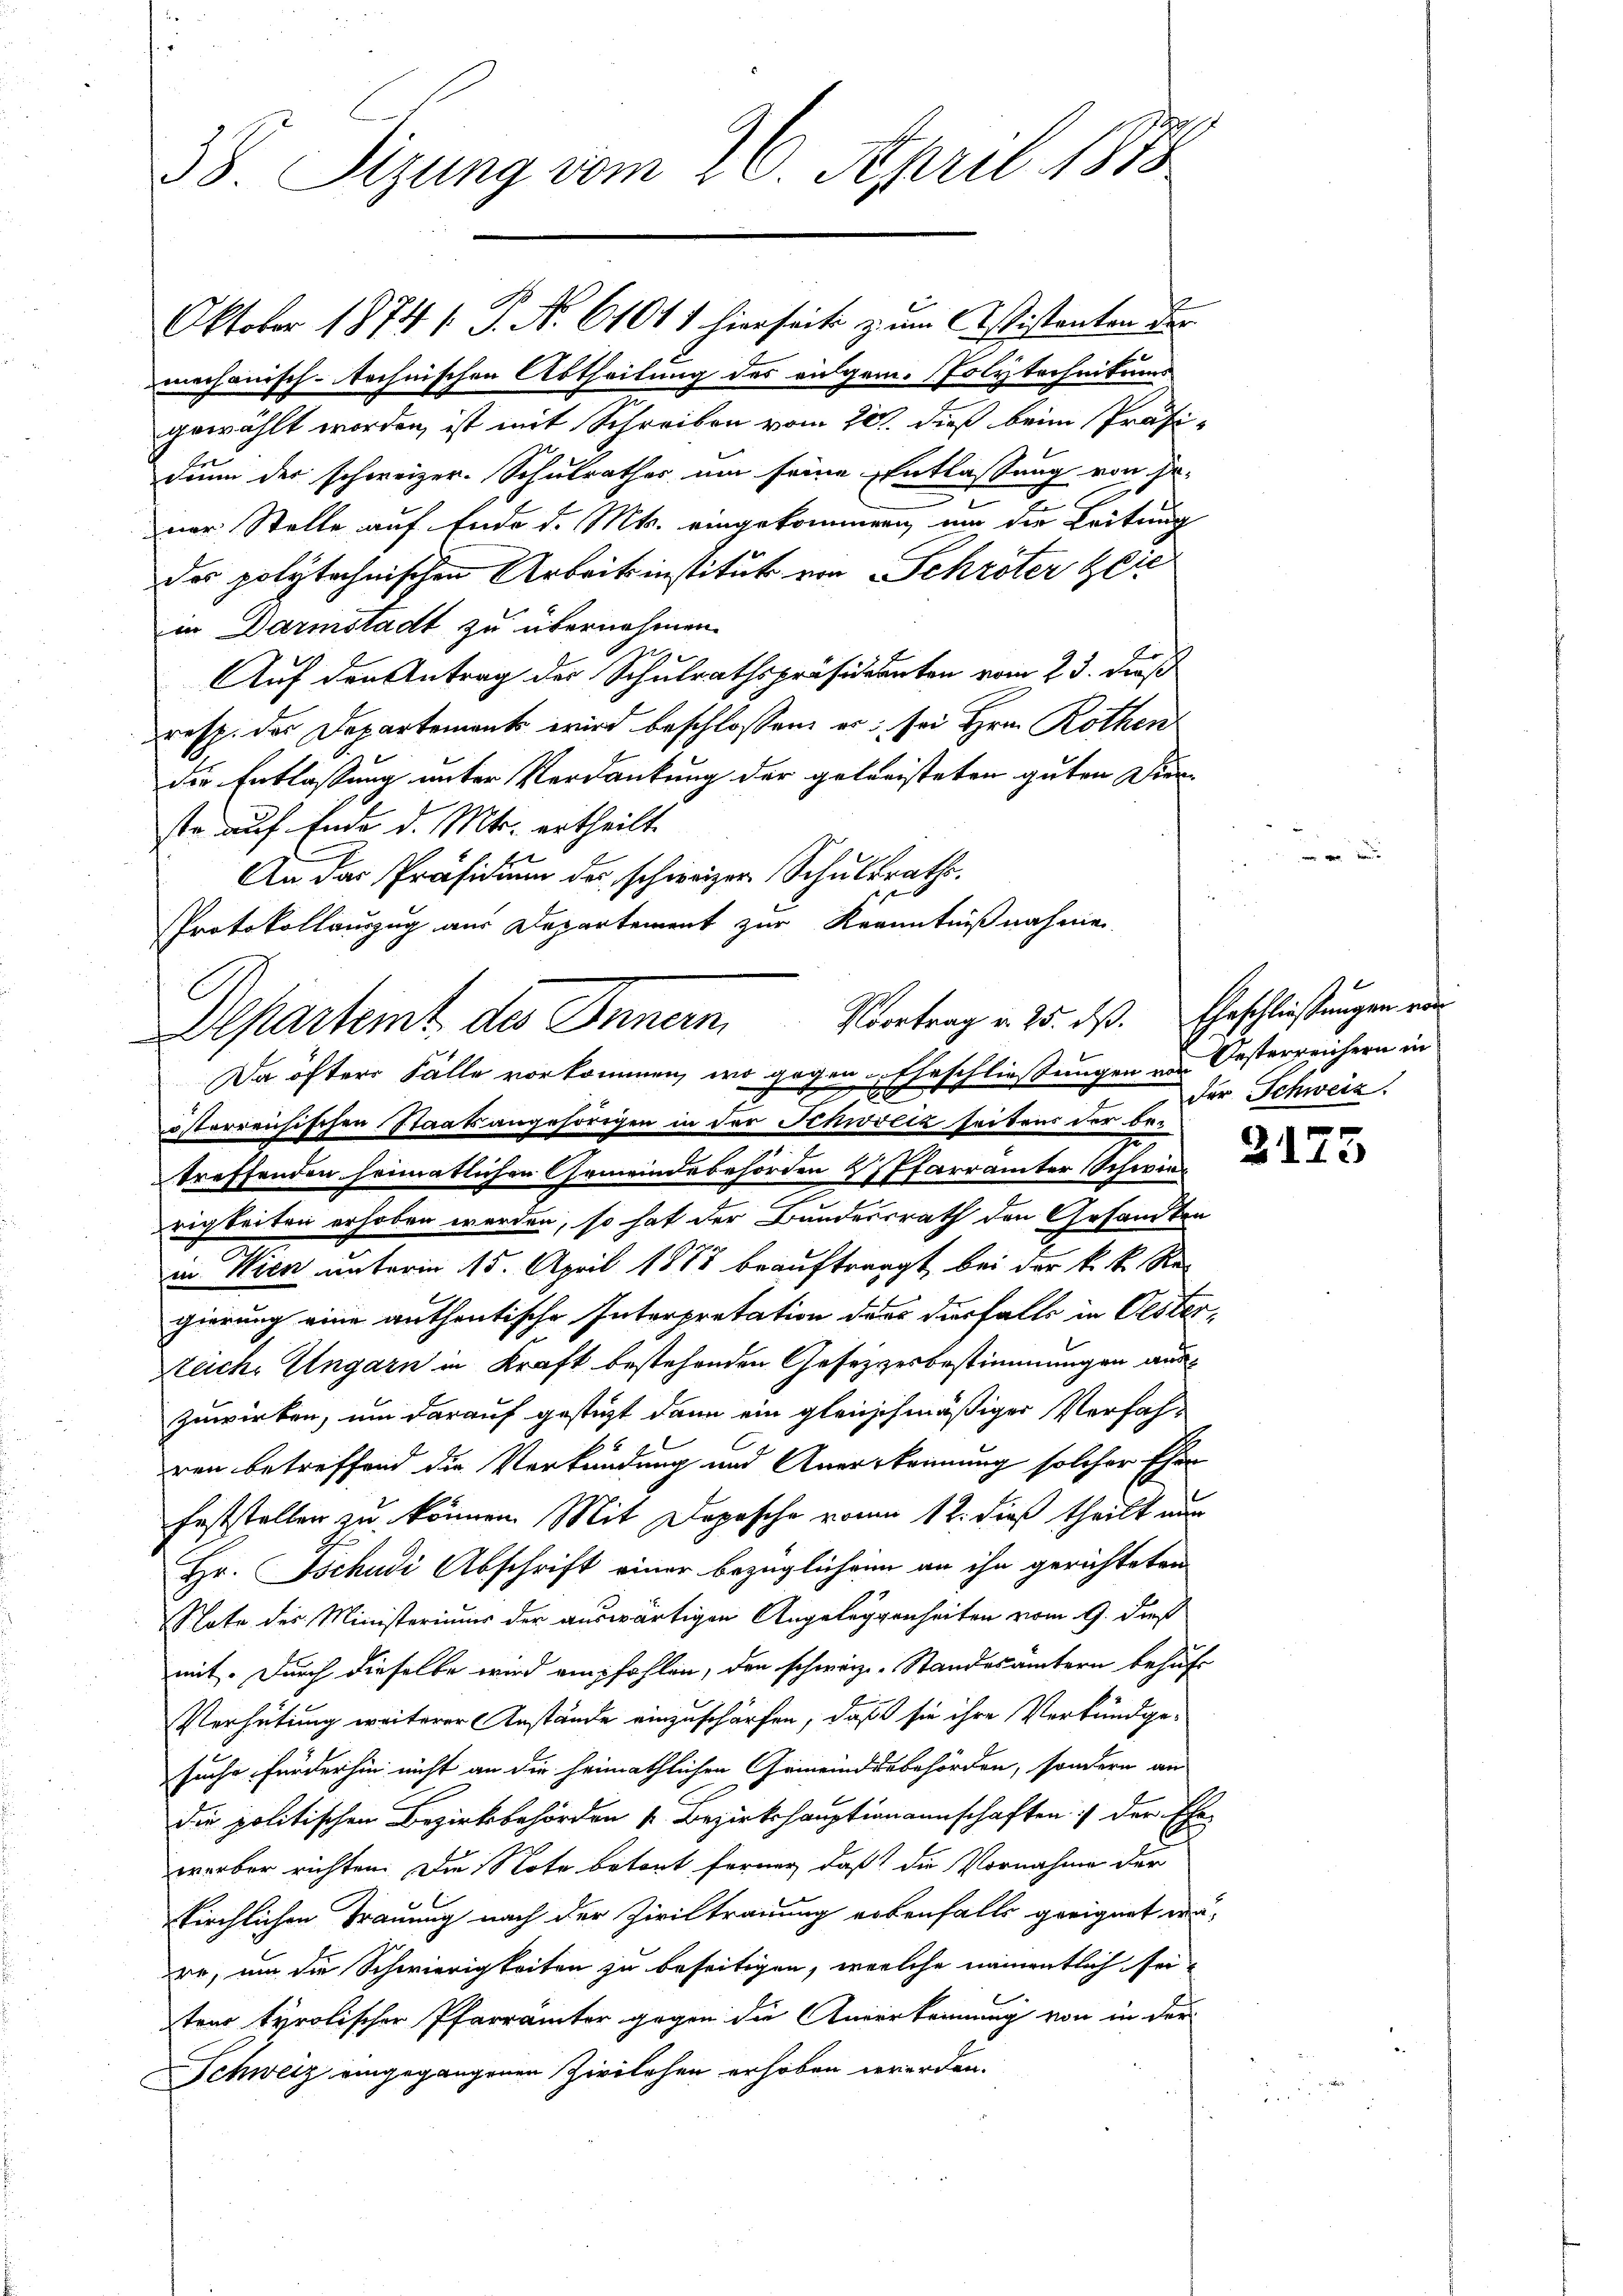
mechanisch-technischen Abtheilung des eidgen. (Polytechnikums
gewählt worden, ist mit Schreiben vom 22t dieß beim Präsi-
dinn der schweizer. Schulrathes um seine Entlassung von se-
t
t
ner Stelle auf Ende d. Mts. eingekommen, um die Leitung
des polytechnischen Arbeitsinstitut von Schröter Zie
in Darmstadt zu übernehmen.
e
Auf den Antrag der Schulrathspräsidianten vom 23. dieß
resp. der Departements wird beschlossen er sei Hrn. Rothen
die Entlaßung unter Verdankung der geleisteten guten Dier-
ste auf Ende d. Mts. ertheilt.
An das Präsidium der schweizer Schuldrathe.
treffenden heimatlichen Gemeindebehörden & Pfarrämter Schwierigkeiten erhoben werden, so hat der Bundesrath den Gesandten
in Wien unterm 15. April 1883 beauftragt, bei der k. k. Regierung eine anthentische Interpretation der derfalls in Oester¬
Zeiche Ungarn in Kraft bestehenden Gesetzesbestimmungen auszuwirken, um darauf gestüzt dann ein gleichmäßiger Verfah-
ren betreffend die Verkündung und Anerkennung solcher Ehen
feststellen zu können. Mit Depesche vom 12. dieß theilt nun
Hr. Tschudi Abschrift einer bezüglichen an ihn gerichteten
Note des Ministeriums der auswärtigen Angeleggenheiten vom 9. dieß
mit. Durch dieselbe wird empfohlen, den schweiz. Standesämtern behuf
Verhütung weiterer Anstände einzuschärfen, daß sie ihre Verkundge-
suche Forderhin nicht an die heimathlichen Gemeindesbehörden, sondern an
die politischen Bezirksbehörden s. Bezirkshauptiamannschaften der Ehe-
werber richten. Die Note betont ferner, daß die Vornahme der
kirchlichen Trauung nach der Ziviltrauung erbenfalls geeignet wa
re, um die Schwierigkeiten zu beseitigen, welche namentlich sei,
ten tyrolischer Pfarrämter gegen die Anverkennung von in der
Schweiz eingegangenen Zivilehen erhoben werden.

f
38. Sizung vom 26. April 1888

Oktober 1874 / P. Nr. 61011 hierseit zum Assistanton der

Protokollauszug aus Departement zur Kenntnißnahmen
Departemt des Innern. Vortrag v. 25. dß. Geschließungen ver¬
Da öftere Fälle vorkommen, wo gegen Eheschließungen von Oesterreichern in
österreichischen Staatsangehörigen in der Schweiz seitens der be¬

fer Schweiz.

.

2175